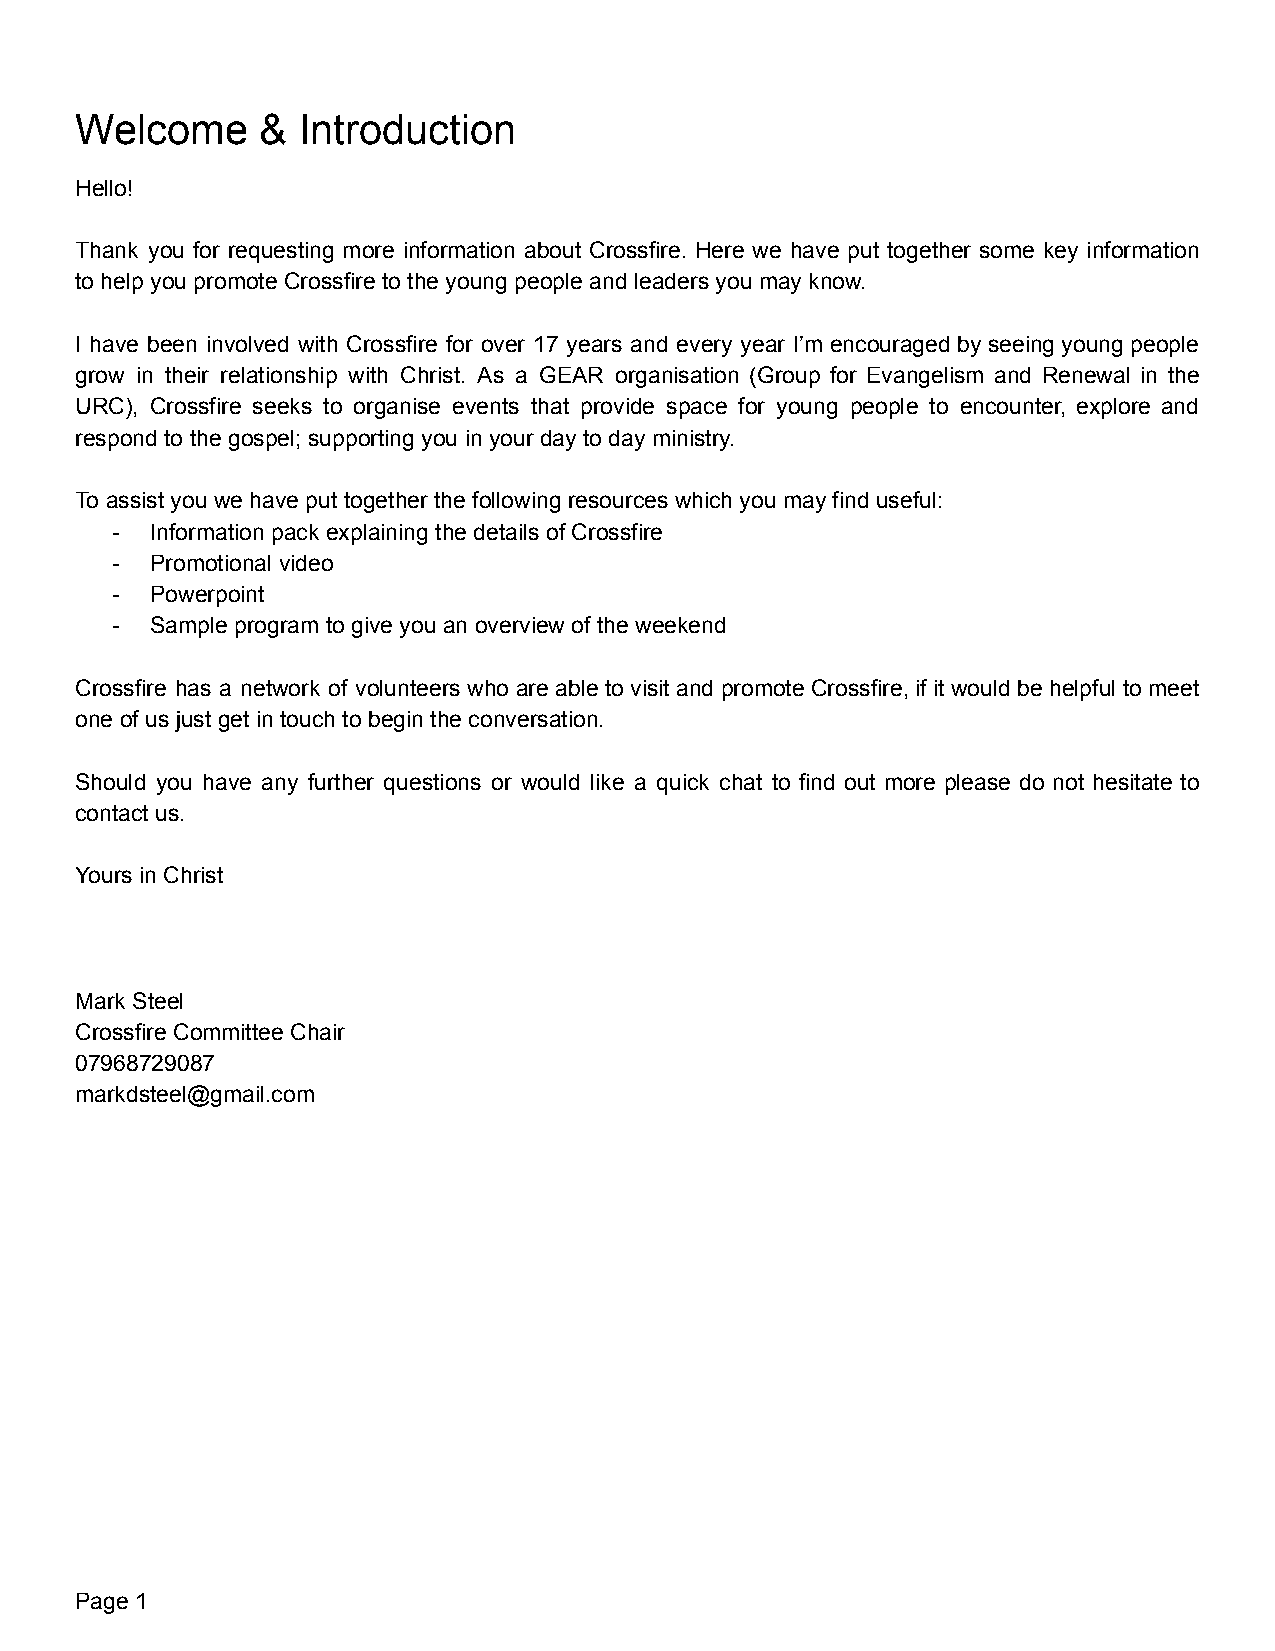
Welcome     &  Introduction
 Hello!
 Thank you for requesting more information about Crossfire. Here we have put together some key information
 to help you promote Crossfire to the young people and leaders you may know.
 I have been involved with Crossfire for over 17 years and every year I’m encouraged by seeing young people
 grow in their relationship with Christ. As a GEAR organisation (Group for Evangelism and Renewal in the
 URC), Crossfire seeks to organise events that provide space for young people to encounter, explore and
 respond to the gospel; supporting you in your day to day ministry.
 To assist you we have put together the following resources which you may find useful:
 -  Information pack explaining the details of Crossfire
 -  Promotional video
 -  Powerpoint
 -  Sample program to give you an overview of the weekend
 Crossfire has a network of volunteers who are able to visit and promote Crossfire, if it would be helpful to meet
 one of us just get in touch to begin the conversation.
 Should you have any further questions or would like a quick chat to find out more please do not hesitate to
 contact us.
 Yours in Christ
 Mark Steel
 Crossfire Committee Chair
 07968729087
 markdsteel@gmail.com
 Page 1